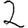
Digit: 2